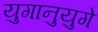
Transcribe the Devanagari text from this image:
युगानुयुगे